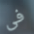
فى